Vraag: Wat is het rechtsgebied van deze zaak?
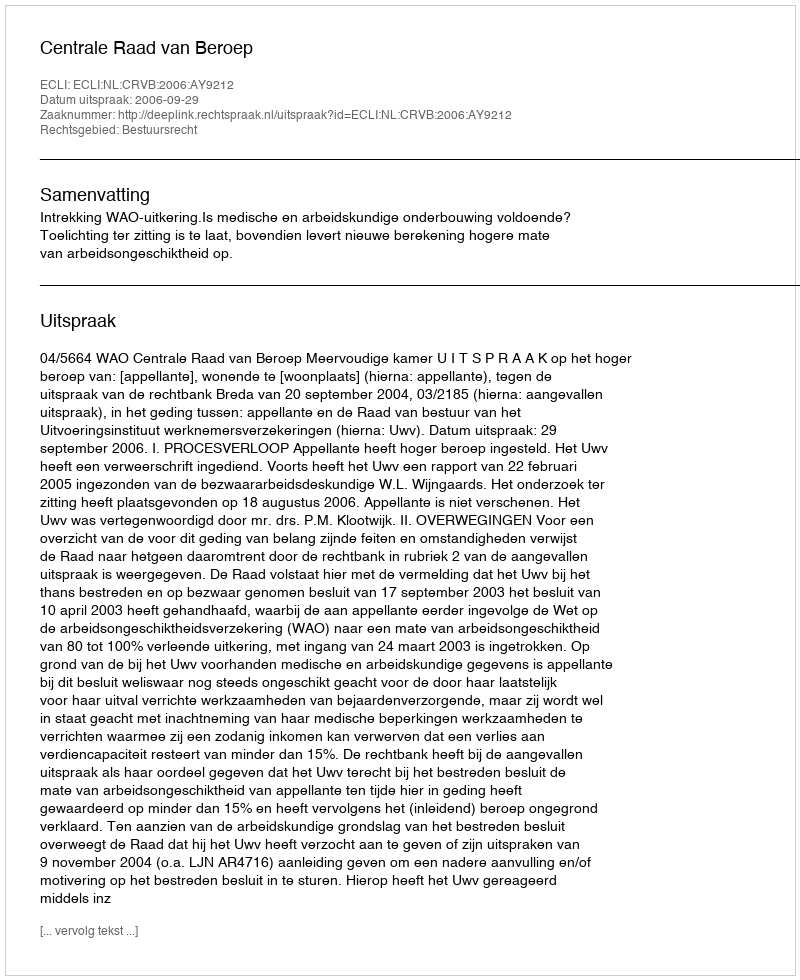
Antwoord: Bestuursrecht